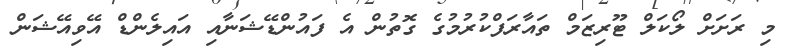
މި ރަށަށް ލޯކަލް ޓޫރިޒަމް ތައާރަފްކުރުމުގެ ގޮތުން އެ ފައުންޑޭޝަނާއި އައިލެންޑް އޭވިއޭޝަން